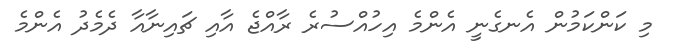
މި ކަންކަމުން އެނގެނީ އެންމެ އިހުއްސުރެ ރާއްޖެ އާއި ޗައިނާއާ ދެމެދު އެންމެ